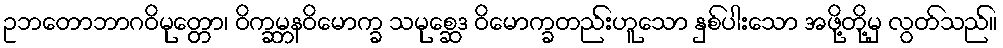
ဥဘတောဘာဂဝိမုတ္တော၊ ဝိက္ခမ္ဘနဝိမောက္ခ သမုစ္ဆေဒ ဝိမောက္ခတည်းဟူသော နှစ်ပါးသော အဖို့တို့မှ လွတ်သည်။